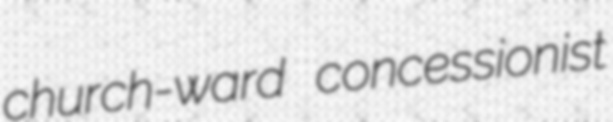
church-ward concessionist